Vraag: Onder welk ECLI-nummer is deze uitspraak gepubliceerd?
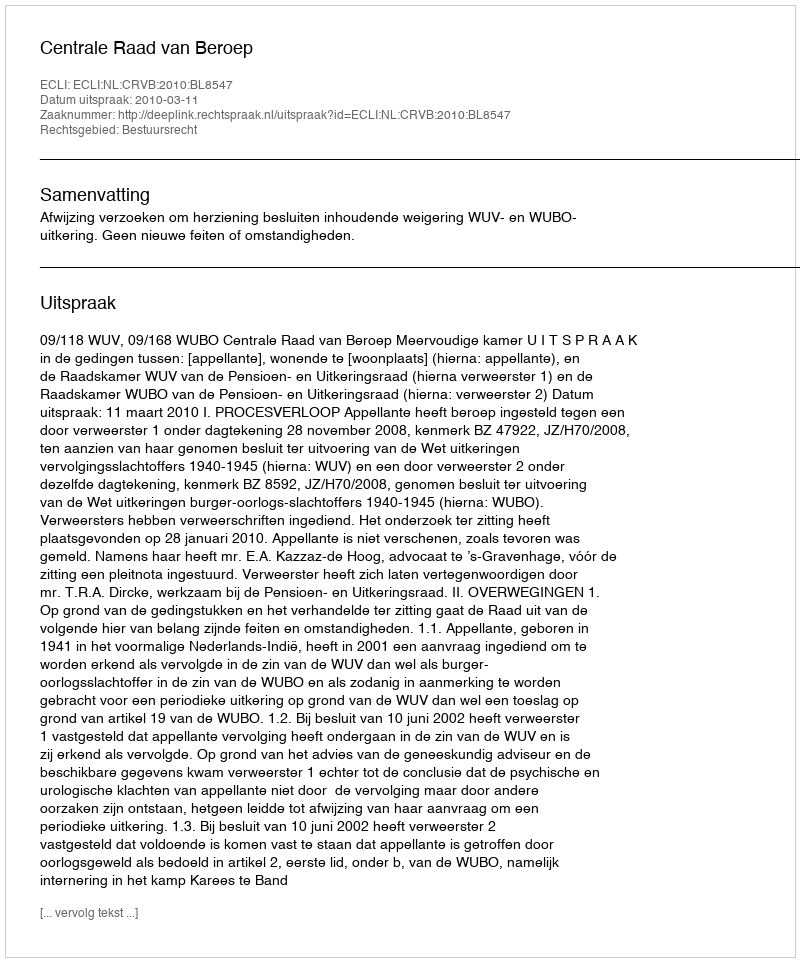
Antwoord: ECLI:NL:CRVB:2010:BL8547